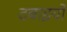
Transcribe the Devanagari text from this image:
दबाइयों